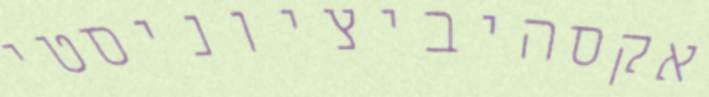
אקסהיביציוניסטי